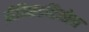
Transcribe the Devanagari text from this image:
प्रीक्ष्किततिओन